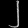
Digit: ၂